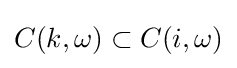
C(k,\omega )\subset C(i,\omega )